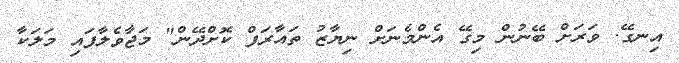
އިނގޭ. ވަރަށް ބޭނުން މިގޭ އެންމެނަށް ނިޔާޒު ތައާރަފް ކޮށްދޭން" މަޖާވެލާފައި މަލަކާ